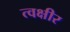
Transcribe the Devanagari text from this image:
त्वक्षीर